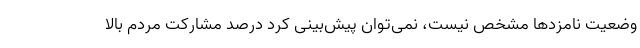
وضعیت نامزدها مشخص نیست، نمی‌توان پیش‌بینی کرد درصد مشارکت مردم بالا